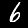
Digit: 6